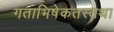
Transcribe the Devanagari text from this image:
गताभिषेकतस्तथा